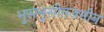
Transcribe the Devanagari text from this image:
भुसभुसीतजमीन